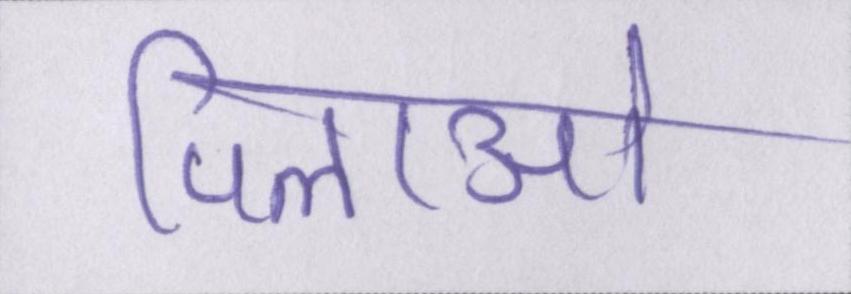
पिलाओ